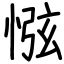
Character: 惤